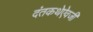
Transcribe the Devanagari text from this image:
दंतकथेऐवजी